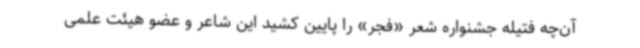
آن‌چه فتیله جشنواره شعر «فجر» را پایین کشید این شاعر و عضو هیئت علمی